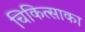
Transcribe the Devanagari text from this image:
चिकित्साका